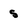
Character: 5